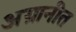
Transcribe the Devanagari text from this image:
अग्रानीत